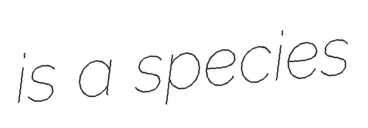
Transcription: is a species